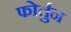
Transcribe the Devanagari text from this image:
फोर्तुन